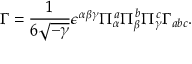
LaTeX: \Gamma = \frac { 1 } { 6 \sqrt { - \gamma } } \epsilon ^ { \alpha \beta \gamma } \Pi _ { \alpha } ^ { a } \Pi _ { \beta } ^ { b } \Pi _ { \gamma } ^ { c } \Gamma _ { a b c } .